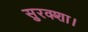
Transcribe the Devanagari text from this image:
सुरक्शा।